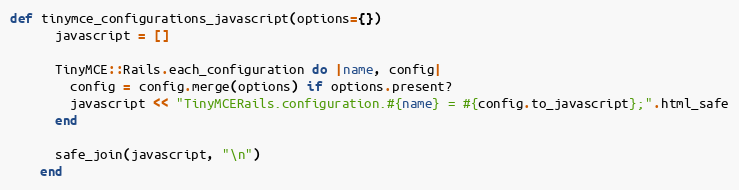
Language: Ruby
def tinymce_configurations_javascript(options={})
      javascript = []

      TinyMCE::Rails.each_configuration do |name, config|
        config = config.merge(options) if options.present?
        javascript << "TinyMCERails.configuration.#{name} = #{config.to_javascript};".html_safe
      end

      safe_join(javascript, "\n")
    end